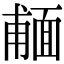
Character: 𩈨